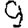
Digit: 9